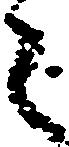
々